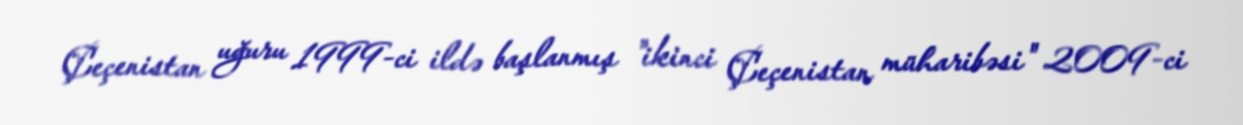
Çeçenistan uğuru 1999-ci ildə başlanmış "ikinci Çeçenistan müharibəsi" 2009-ci